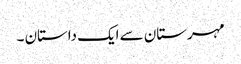
مہرستان سے ایک داستان ۔